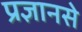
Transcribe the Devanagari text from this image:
प्रज्ञानसे